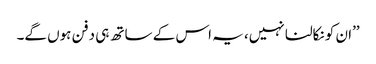
’’ان کو نکالنا نہیں، یہ اس کے ساتھ ہی دفن ہوں گے۔